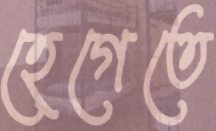
হেগেতে